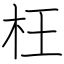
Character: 枉